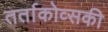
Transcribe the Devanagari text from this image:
तर्ताकोव्सकी